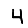
Digit: 4